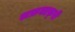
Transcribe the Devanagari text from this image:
अफ्रताफ़्री